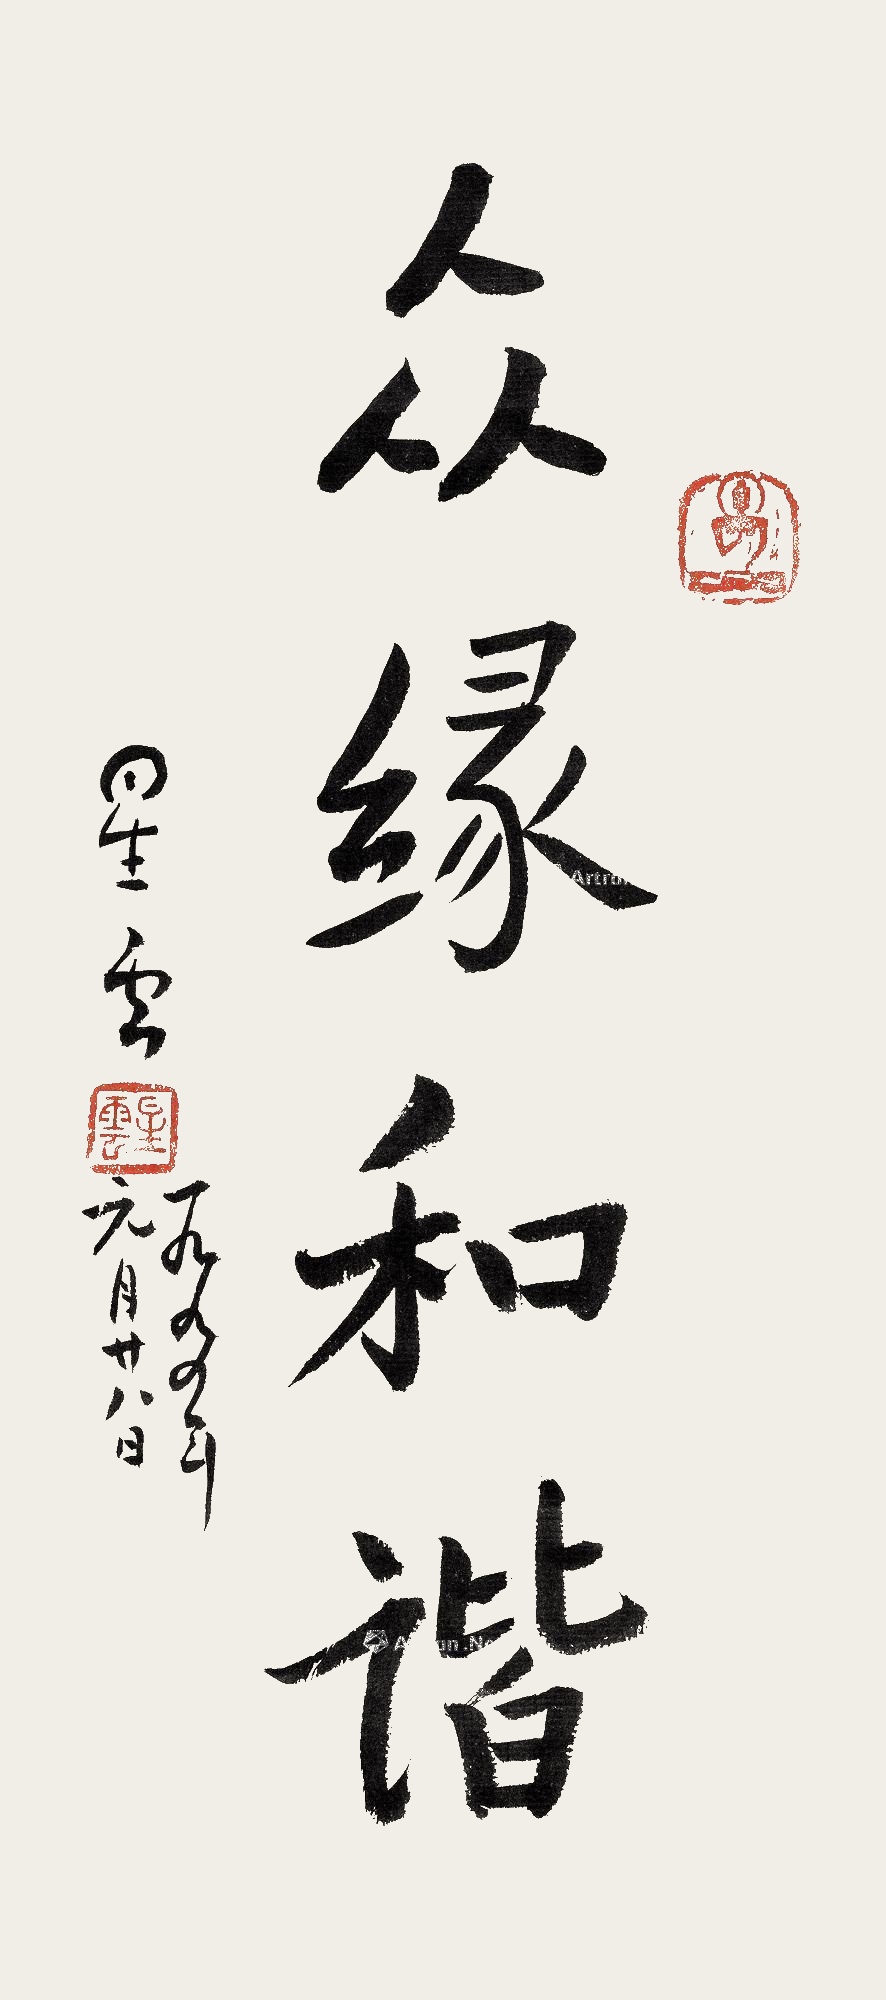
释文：众缘和谐一九九四年元月廿八日。